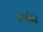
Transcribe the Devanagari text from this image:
रुपेन